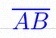
\overline{AB}